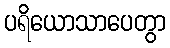
ပရိယောသာပေတွာ